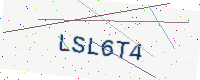
Text: LSL6T4